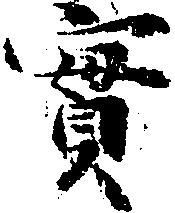
実